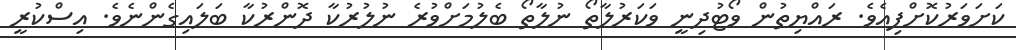
ކަށަވަރުކޮށްފިއެވެ. ރައްޔިތުން ވޯޓުދިނީ ވަކަރުލާތޯ ނުލާތޯ ބެލުމަށްވުރެ ނުލުރުކާ ދޮންރުކާ ބަލައިގެންނެވެ. އިސްކުރީ